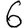
Digit: 6